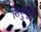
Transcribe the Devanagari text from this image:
सिपुन्कुला